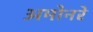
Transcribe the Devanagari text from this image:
अमोनरे